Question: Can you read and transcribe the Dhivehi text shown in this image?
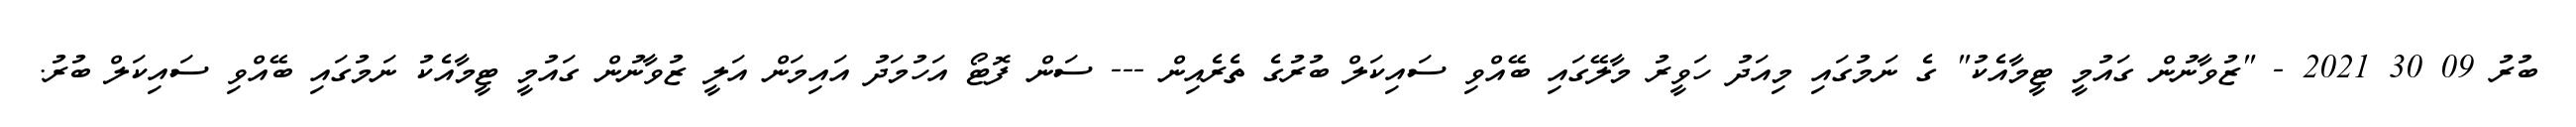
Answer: ބުރު 09 30 2021 - "ޒުވާނުން ގައުމީ ޓީމާއެކު" ގެ ނަމުގައި މިއަދު ހަވީރު މާލޭގައި ބޭއްވި ސައިކަލް ބުރުގެ ތެރެއިން --- ސަން ފޮޓޯ އަހުމަދު އައިމަން އަލީ ޒުވާނުން ގައުމީ ޓީމާއެކު ނަމުގައި ބޭއްވި ސައިކަލް ބުރު.